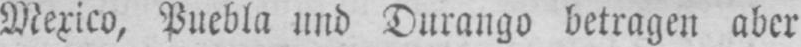
Mexico, Puebla und Durango betragen aber